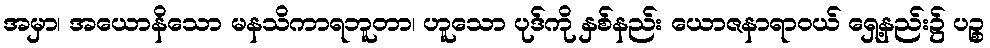
အမှာ၊ အယောနိသော မနသိကာရဘူတာ၊ ဟူသော ပုဒ်ကို နှစ်နည်း ယောဇနာရာဝယ် ရှေ့နည်း၌ ပဉ္စ